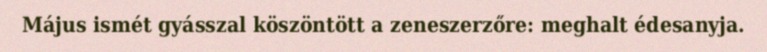
Május ismét gyásszal köszöntött a zeneszerzőre: meghalt édesanyja.